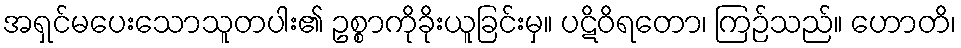
အရှင်မပေးသောသူတပါး၏ ဥစ္စာကိုခိုးယူခြင်းမှ။ ပဋိဝိရတော၊ ကြဉ်သည်။ ဟောတိ၊